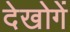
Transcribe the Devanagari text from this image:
देखोगें